Medical and sanitary report of the native army of Bengal for the year
Year: 1876
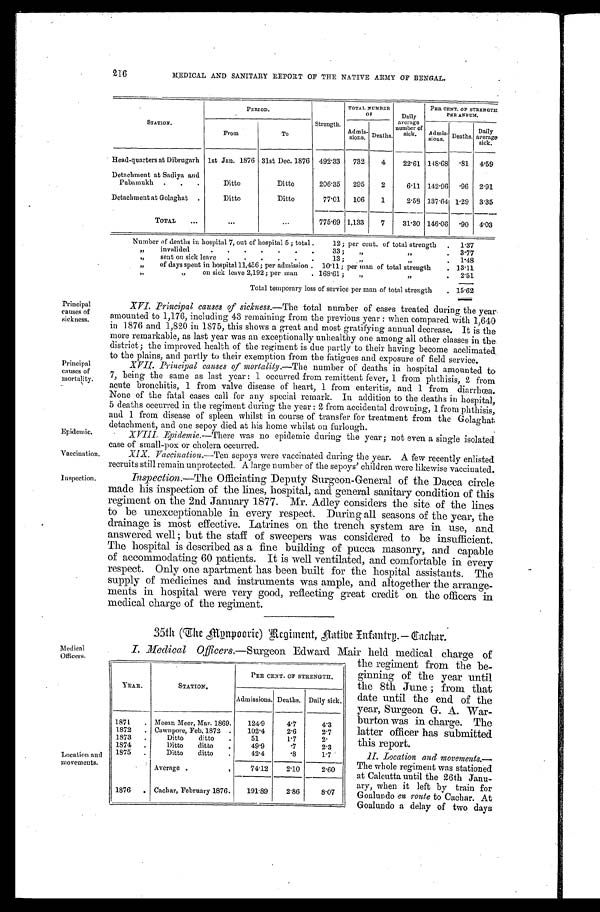
Principal
causes of
sickness.
Principal
causes of
mortality.
Epidemic.
Vaccination.
Inspection.
Medical
Officers.
216
MEDICAL AND SANITARY REPORT OF THE NATIVE ARMY OF BENGAL.
STATION.
PERIOD.
Strength.
TOTAL NUMBER
OF
Daily
ave r a g e
number of siek.
sick
PER CENT. OF STRENGTH
PER ANNUM.
From.
T o .
Admis-sions. Deaths.
Admix- Deaths.
Daily a v e r a g e s i c k .
Head-quarters at Dibrugarh 1st Jan. 1876 31st Dec. 1876
492.33
732
4
22.61 148.68 .81
4.59
Detachment at Sadiya and
Pubamukh
Ditto
Ditto
206.35
295
2
6.11 142.96
.96
2.91
Detachment at Golaghat
Ditto
Ditto
77'01
106
1
2.58 137.64 1.29
3.35
TOTAL
. . .
. . .
775.69 1,133
7
31.30 146.06 .90 4.03
Number of deaths in hospital 7, out of hospital 5 ; total . 12 ; per cent. of total strength
1.37
,, invalided 33 ; ,, ,,
3.77
,, sent on sick leave 13 ; ,, ,,
1.48
,, of days spent in hospital 11,456 ; per admission . 10.l1; per man of total strength
13.11
,, ,, on sick leave 2,192 ; per man 168.61 ; ,, ,,
2.51
Total temporary loss of service per man of total strength
15.62
Location and
movements.
XVI. Principal causes of sickness.—The total number of cases treated during the year
amounted to 1,176, including 43 remaining from the previous year : when compared with 1,640
in 1876 and 1,820 in 1875, this shows a great and most gratifying annual decrease. It is the
more remarkable, as last year was an exceptionally unhealthy one among all other classes in the
district; the improved health of the regiment is due partly to their having become acclimated
to the plains, and partly to their exemption from the fatigues and exposure of field service.
XVII. Principal causes of mortality.— The number of deaths in hospital amounted to
7, being the same as last year: 1 occurred from remittent fever, 1 from phthisis, 2 from
acute bronchitis, 1 from valve disease of heart, 1 from enteritis, and 1 from diarrhœa.
None of the fatal cases call for any special remark. In addition to the deaths in hospital,
5 deaths occurred in the regiment during the year : 2 from accidental drowning, 1 from phthisis,
and 1 from disease of' spleen whilst in course of transfer for treatment from the Golaghat
detachment, and one sepoy died at his home whilst on furlough.
XVIII. Epidemic.-
There was no epidemic during the year ; not even a single isolated
case of small-pox or cholera occurred.
XIX. Vaccination.—Ten sepoya were vaccinated during the year. A few recently enlisted
recruits still remain unprotected. A large number of the sepoys' children were likewise vaccinated.
Inspection.—The Officiating Deputy Surgeon-General of the Dacca circle
made his inspection of the lines, hospital, and general sanitary condition of this
regiment on the 2nd January 1877. Mr. Adley considers the site of the lines
to be unexceptionable in every respect. During all seasons of the year, the
drainage is most effective. Latrines on the trench system are in use, and
answered well; but the staff of sweepers was considered to be insufficient.
The hospital is described as a fine building of pucca masonry, and capable
of accommodating 60 patients. It is well ventilated, and comfortable in every
respect. Only one apartment has been built for the hospital assistants. The
supply of medicines and instruments was ample, and altogether the arrange-
ments in hospital were very good, reflecting great credit on the officers in
medical charge of the regiment.
35th (The Manpoorie) Regiment, natibe Entantrn.—Tachar.
I. Medical Officers.—Surgeon Edward Mair held medical charge of
the regiment from the be-
ginning of the year until
the 8th June; from that
date until the end of the
year, Surgeon G. A. War-
burton was in charge. The
latter officer has submitted
this report.
II. Location and movements.—
The whole regiment was stationed
at Calcutta until the 26th Janu-
ary, when it left by train for
Goalundo en route to Cachar. At
Goalundo a delay of two days
YEAR.
STATION.
PER CENT. OF STRENGTH.
Admissions. Deaths. Daily sick.
1871
Meean Meer, Mar. 1869.
124.9
4.7
4.3
1872
Cawnpore, Feb. 1872.
102.4
2.6
2.7
1873
Ditto
ditto.
51
1 . 7
2.
1874
Ditto
ditto.
49.9
.7
2.3
1875
Ditto
ditto.
42.4
.8
1.7
Average.
74. 12
2.10
2.60
1876
Cachar, February 1876.
191.89
2.86
8.07